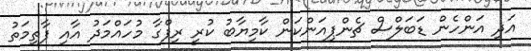
އަދި އަންހެން ޑަބަލްސް ޗެންޕިއަންކަން ކާމިޔާބު ކުރީ ރިފްގާ މުހައްމަދު އާއި ފާތިމަތު